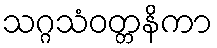
သဂ္ဂသံဝတ္တနိကာ